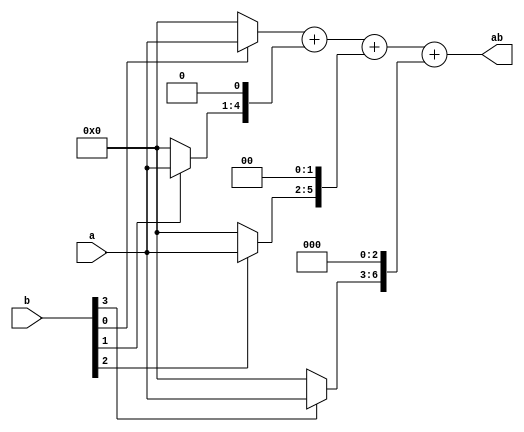
module mult4(a,b, ab);
input [3:0] a,b;
output [7:0] ab;

wire [3:0] t0,t1,t2,t3;

assign t0 = (b[0]==1) ? a : 4'h0;
assign t1 = (b[1]==1) ? a : 4'h0;
assign t2 = (b[2]==1) ? a : 4'h0;
assign t3 = (b[3]==1) ? a : 4'h0;

assign ab=t0+(t1<<1)+(t2<<2)+(t3<<3);

endmodule